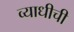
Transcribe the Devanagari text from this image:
व्याधीची